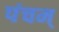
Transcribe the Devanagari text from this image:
पंचम्‌